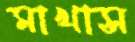
মাখাস